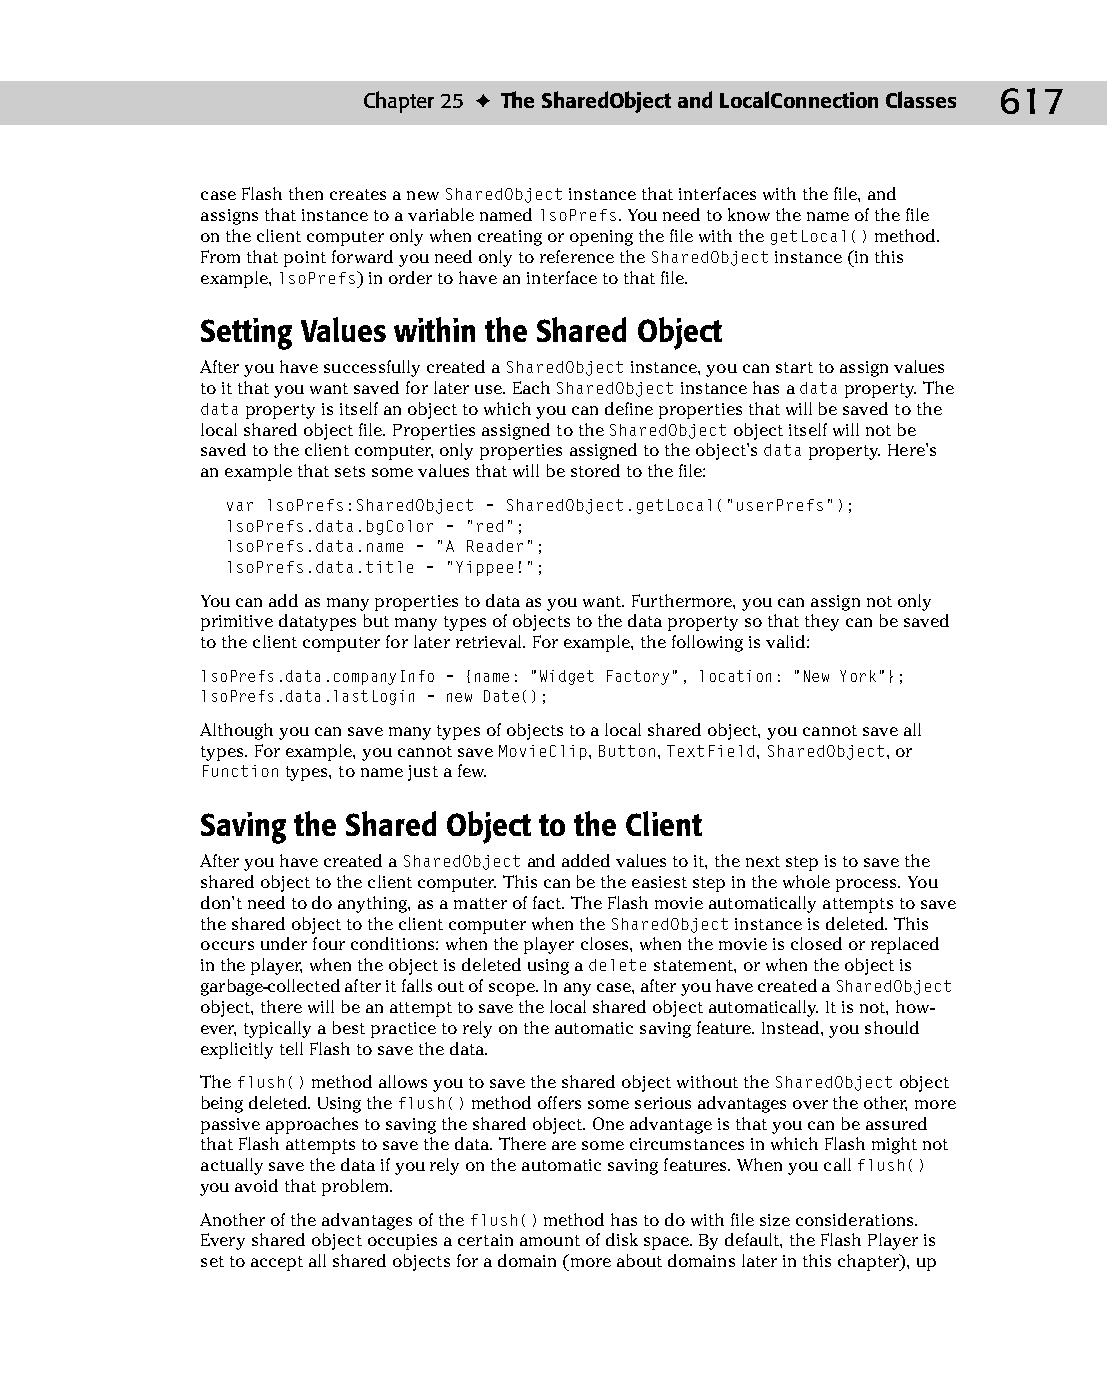
33 543547 ch25.qxd 3/24/04 4:08 PM Page 617
 Chapter 25 ✦ The SharedObject and LocalConnection Classes 617
 case Flash then creates a new SharedObject instance that interfaces with the file, and
 assigns that instance to a variable named lsoPrefs. You need to know the name of the file
 on the client computer only when creating or opening the file with the getLocal() method.
 From that point forward you need only to reference the SharedObject instance (in this
 example, lsoPrefs) in order to have an interface to that file.
 Setting Values within the Shared Object
 After you have successfully created a SharedObject instance, you can start to assign values
 to it that you want saved for later use. Each SharedObject instance has a data property. The
 data property is itself an object to which you can define properties that will be saved to the
 local shared object file. Properties assigned to the SharedObject object itself will not be
 saved to the client computer, only properties assigned to the object’s data property. Here’s
 an example that sets some values that will be stored to the file:
 var lsoPrefs:SharedObject = SharedObject.getLocal(“userPrefs”);
 lsoPrefs.data.bgColor = “red”;
 lsoPrefs.data.name = “A Reader”;
 lsoPrefs.data.title = “Yippee!”;
 You can add as many properties to data as you want. Furthermore, you can assign not only
 primitive datatypes but many types of objects to the data property so that they can be saved
 to the client computer for later retrieval. For example, the following is valid:
 lsoPrefs.data.companyInfo = {name: “Widget Factory”, location: “New York”};
 lsoPrefs.data.lastLogin = new Date();
 Although you can save many types of objects to a local shared object, you cannot save all
 types. For example, you cannot save MovieClip, Button, TextField, SharedObject, or
 Function types, to name just a few.
 Saving the Shared Object to the Client
 After you have created a SharedObject and added values to it, the next step is to save the
 shared object to the client computer. This can be the easiest step in the whole process. You
 don’t need to do anything, as a matter of fact. The Flash movie automatically attempts to save
 the shared object to the client computer when the SharedObject instance is deleted. This
 occurs under four conditions: when the player closes, when the movie is closed or replaced
 in the player, when the object is deleted using a delete statement, or when the object is
 garbage-collected after it falls out of scope. In any case, after you have created a SharedObject
 object, there will be an attempt to save the local shared object automatically. It is not, how­
 ever, typically a best practice to rely on the automatic saving feature. Instead, you should
 explicitly tell Flash to save the data.
 The flush() method allows you to save the shared object without the SharedObject object
 being deleted. Using the flush() method offers some serious advantages over the other, more
 passive approaches to saving the shared object. One advantage is that you can be assured
 that Flash attempts to save the data. There are some circumstances in which Flash might not
 actually save the data if you rely on the automatic saving features. When you call flush()
 you avoid that problem.
 Another of the advantages of the flush() method has to do with file size considerations.
 Every shared object occupies a certain amount of disk space. By default, the Flash Player is
 set to accept all shared objects for a domain (more about domains later in this chapter), up